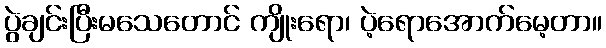
ပွဲချင်းပြီးမသေတောင် ကျိုးရော၊ ပဲ့ရောအောက်မေ့တာ။